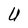
Character: U